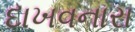
દાખવનારા